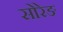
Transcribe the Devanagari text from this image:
सोरेङ